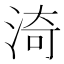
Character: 渏